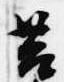
筥